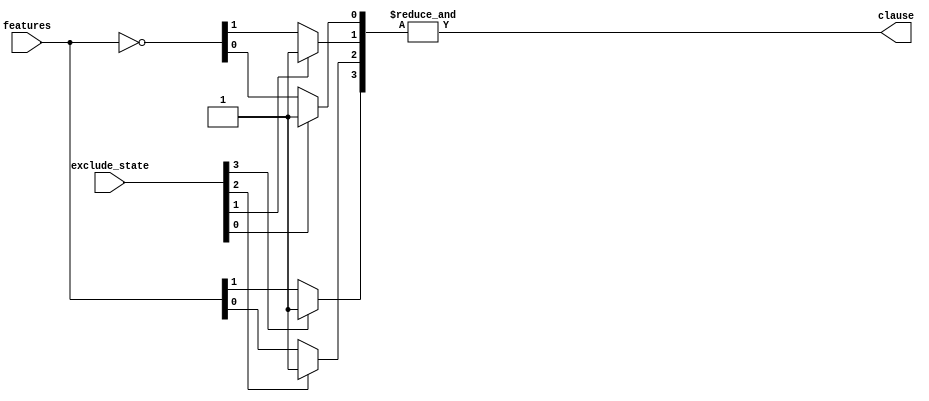

//////////////////////////////////////////////////////////////////////////////////
// Company: 
// Engineer: 
// 
// Design Name: 
// Module Name: ClauseCalculation for XOR
// Project Name: 
// Target Devices: 
// Tool Versions: 
// Description: 
// 
// Dependencies: 
// 
// Revision:
// Revision 0.01 - File Created
// Additional Comments:
// 
//////////////////////////////////////////////////////////////////////////////////



module ClauseCalculation(
    input [2-1:0] features,
    input [4-1:0] exclude_state,
    output reg clause
    );
    
    wire [4-1:0] literals;
    reg [4-1:0] in_and;
    integer i;
    
    assign literals={features,~features};
    
    always @(literals,exclude_state)
    begin  
        for (i=0; i<4; i=i+1)
        begin
            if (exclude_state[i]==1)
            in_and[i]=1;
            else
            in_and[i]=literals[i]; 
        end
        
        clause=&in_and;
    end
    
    
endmodule